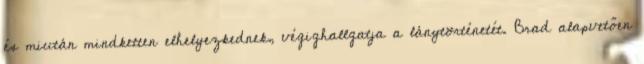
és miután mindketten elhelyezkednek, végighallgatja a lánytörténetét. Brad alapvetően